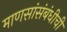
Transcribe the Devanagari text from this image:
माणसांसंबंधीची